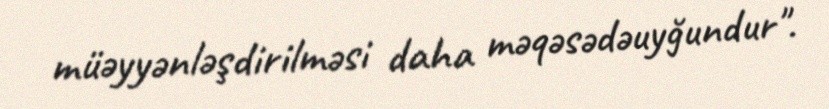
müəyyənləşdirilməsi daha məqəsədəuyğundur".